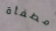
مطفأة